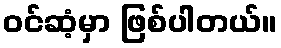
ဝင်ဆံ့မှာ ဖြစ်ပါတယ်။